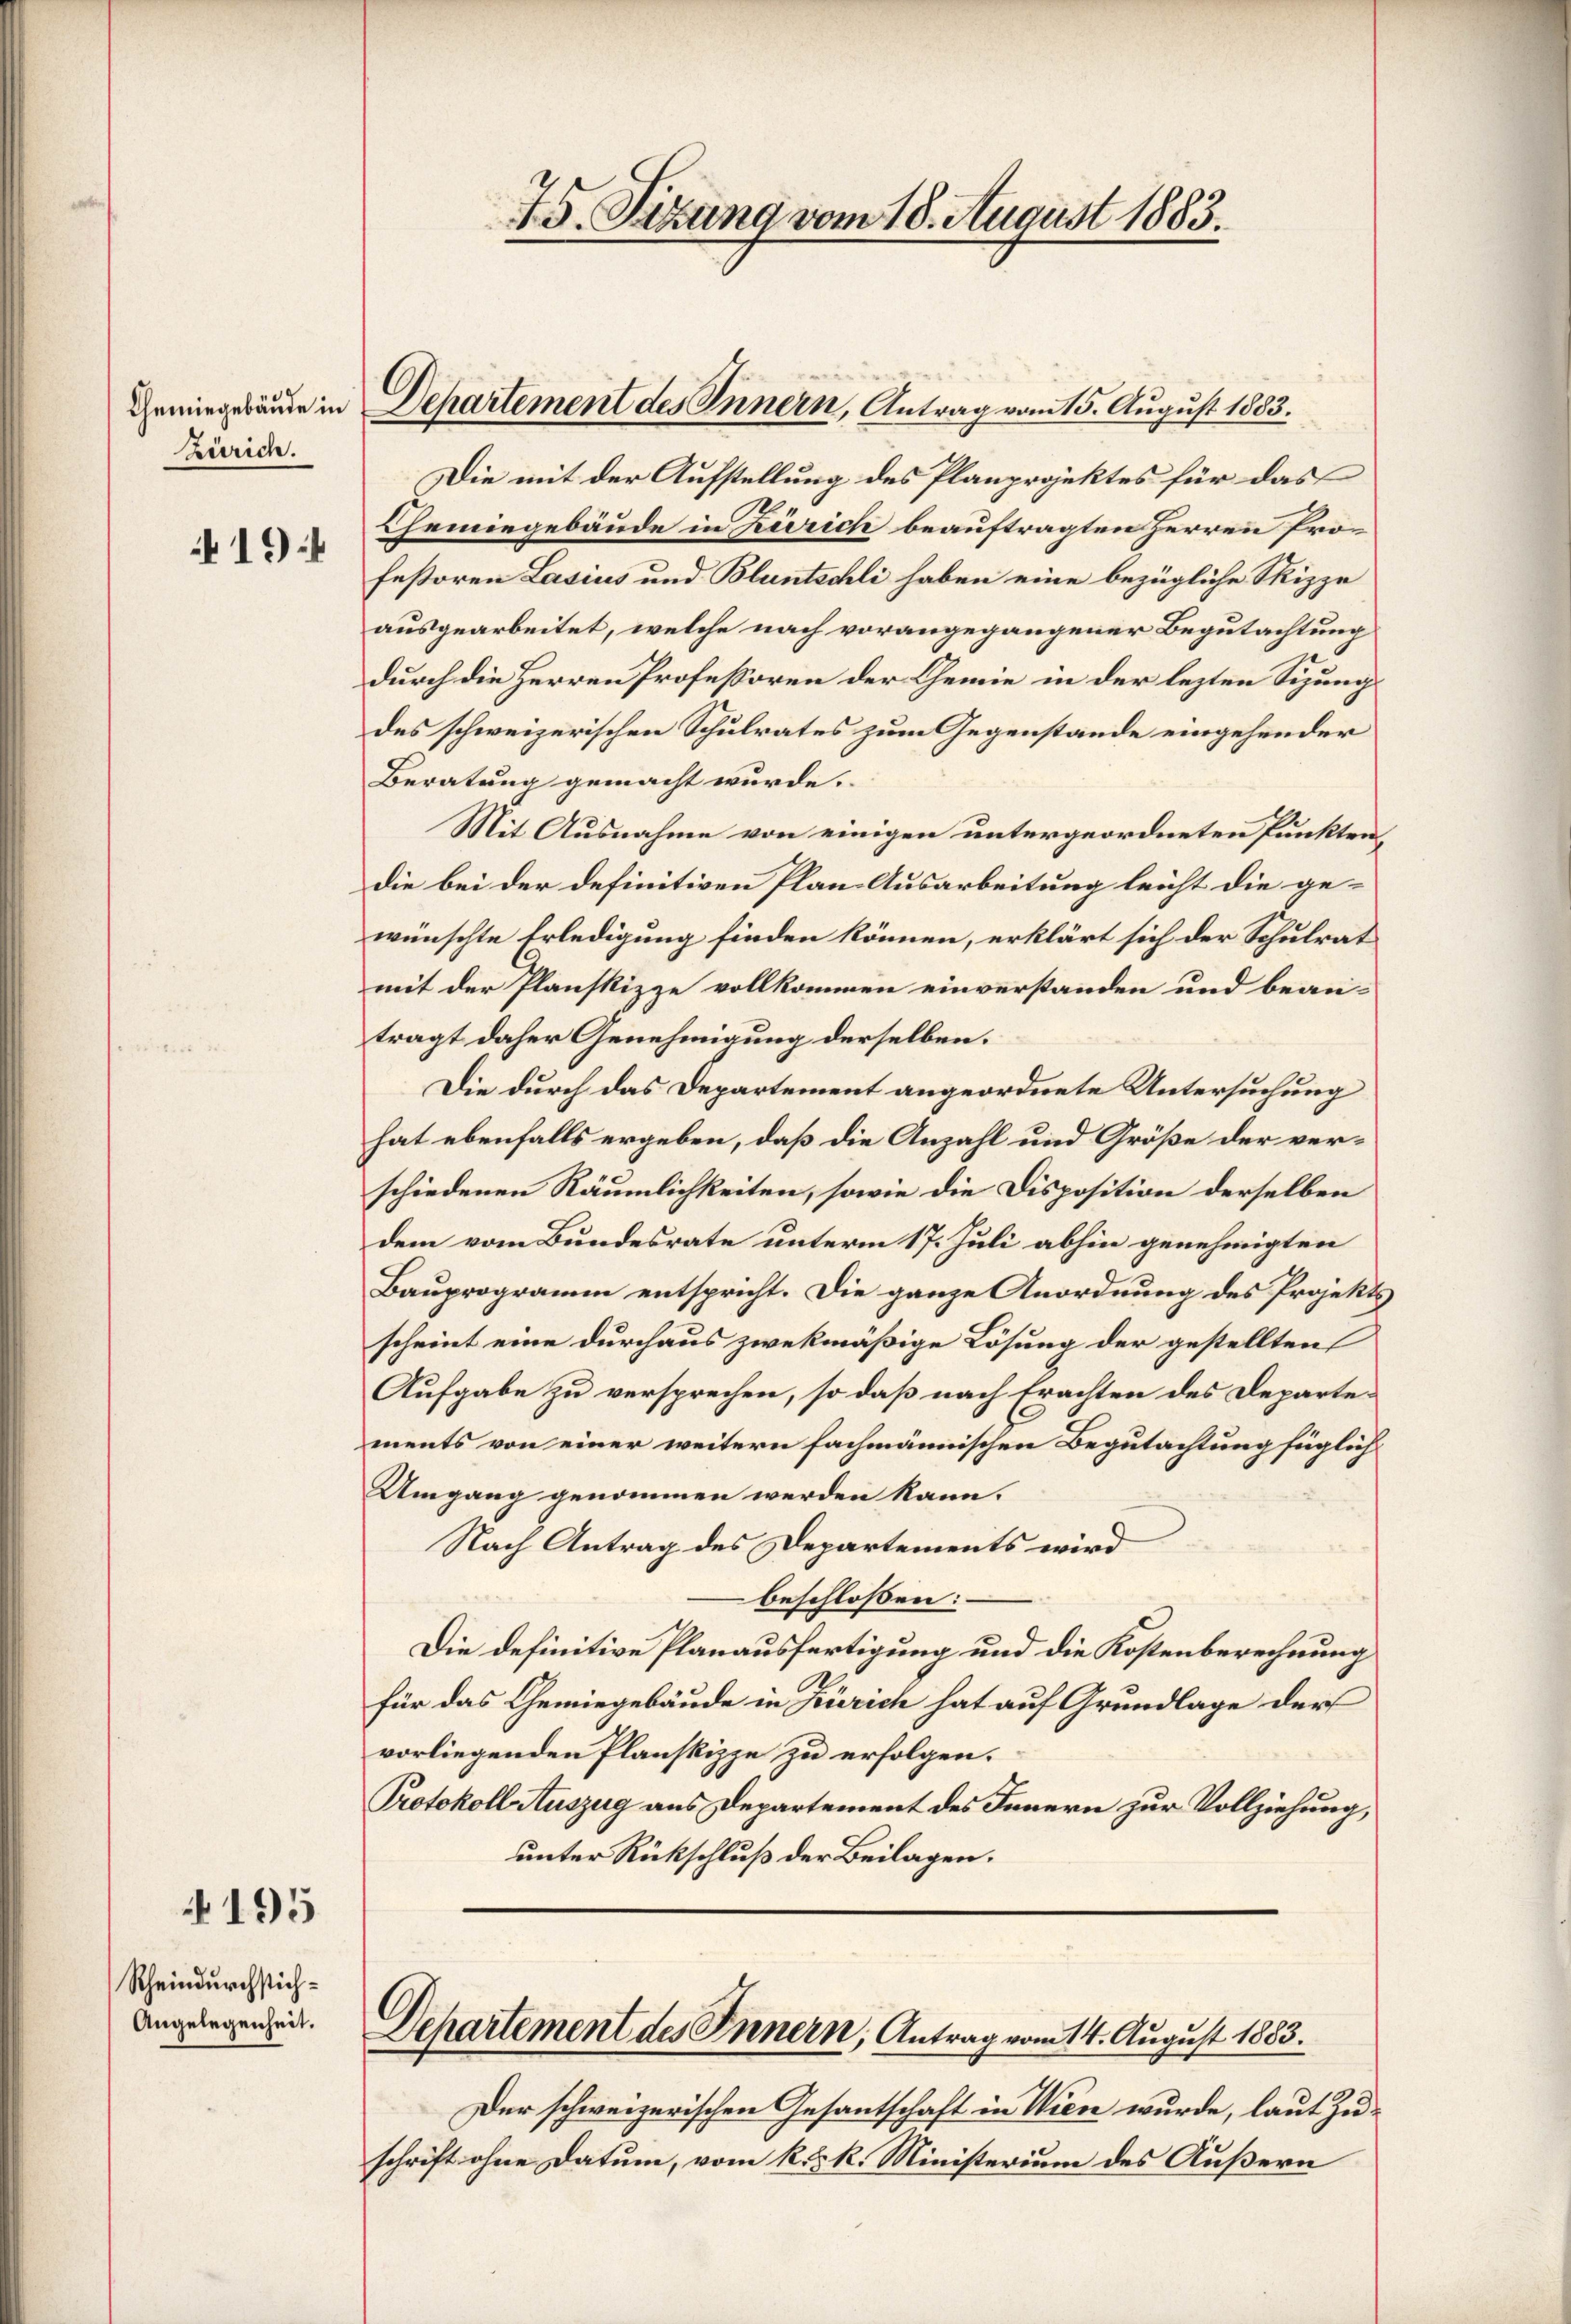
Chemingebäude in
Zürich.
194

4195

Rheindurchstich¬
Angelegenheit.

75. Sizung vom 18. August 1883.

Die mit der Aufstellung des Planprojektes für das
Chemiegebäude in Zürich beauftragten Herren Profestoren Lasius und Bluntschli haben eine bezügliche Skizze
ausgearbeitet, welche nach vorangegangener Begutachtung
durch die Herren Professoren der Chemie in der lezten Sizungs
des schweizerischen Schulrates zum Gegenstände eingehender
Beratung gemacht wurde.
Mit Ausnahme von einigen untergeordneten Punktendie bei der definitiven Plan Ausarbeitung leicht die gewünschte Erledigung finden können, erklärt sich der Schulrat
mit der Planskizze vollkommen einverstanden und bean-
trägt daher Genehmigung derselben.
Die durch das Departement angeordnete Untersuchung
hat ebenfalls ergeben, daß die Anzahl und Größe der verschiedenen Räumlichkeiten, sowie die Disposition derselben
dem vom Bundesrate unterm 17. Juli abhin genehmigten
Bauprogramm entspricht. Die ganze Anordnung des Projekts
scheint eine durchaus zwekmäßige Lösung der gestellten
Aufgabe zu versprechen, so daß nach Erachten des Departements von einer weitern fachmännischen Begutachtung füglich
Umgang genommen werden kann.
Nach Antrag des Departements wird
beschloßen:
Die definitive Planausfertigung und die Kostenberechnung
A.
für das Gemiegebäude in Zürich hat auf Grundlage der
vorliegenden Planskippe zu erfolgen.
Protokoll Auszug aus Departement des Innern zur Vollziehung,
unter Rückschluß der Beilagen.

Dehartement des Innern, Antrag vom 15. August 1883.

Departement des Innern, Antrag vom 14. August 1883.

Der schweizerischen Gesantschaft in Wien wurde, laut Zuschrift ohne Datum, vom k. k. Ministerium des Äußern